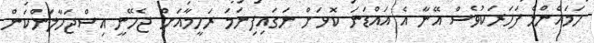
ހަމައެންމެ ފަހަރަކުވެސް އޭނާ އެ އައްޑަނަ ކޮޅަށް ނަގައިފިނަމަ ރަހީމާއަށް ޖެހޭނީ އިސްޖަހާލަންކަން